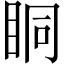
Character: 眮